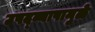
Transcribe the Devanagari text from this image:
उपद्व्यापामुळे